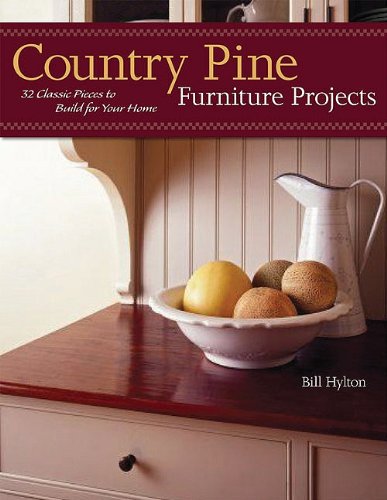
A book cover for Country Pine Furniture Projects: 32 Classic Pieces to Build for Your Home (American Woodworker); Bill Hylton; Crafts, Hobbies & Home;